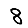
Digit: 8